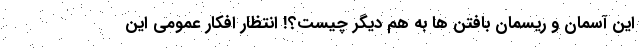
این آسمان و ریسمان بافتن ها به هم دیگر چیست؟! انتظار افکار عمومی این